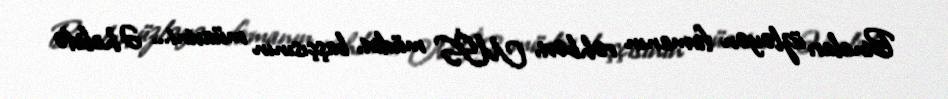
Binaları üzləyən firmanın rəhbəri, MİS müdiri, başçısının müavini... Əhalidə